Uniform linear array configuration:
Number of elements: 12
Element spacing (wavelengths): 0.75
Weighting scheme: cosine
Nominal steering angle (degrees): -60
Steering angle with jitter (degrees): -59.327
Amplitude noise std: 0.05
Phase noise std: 0.05

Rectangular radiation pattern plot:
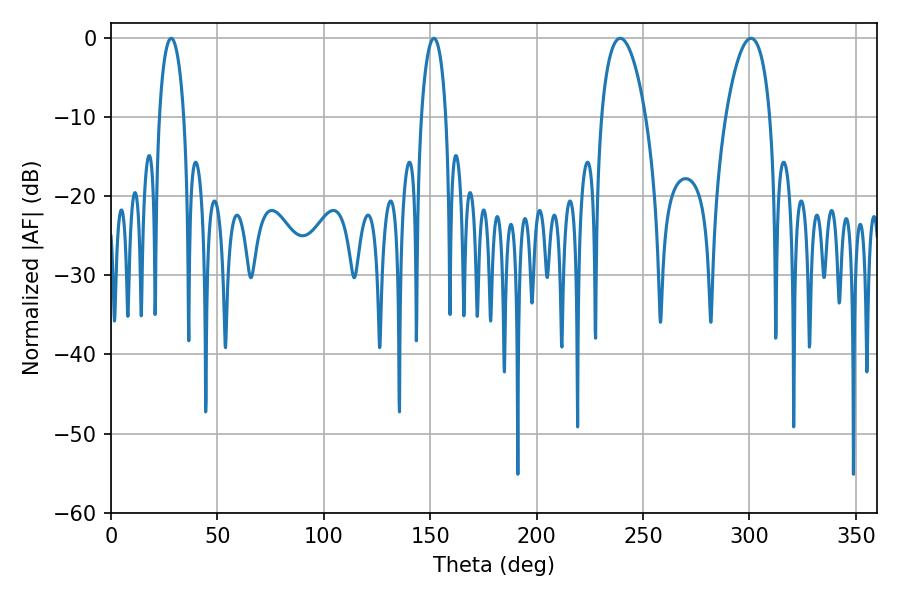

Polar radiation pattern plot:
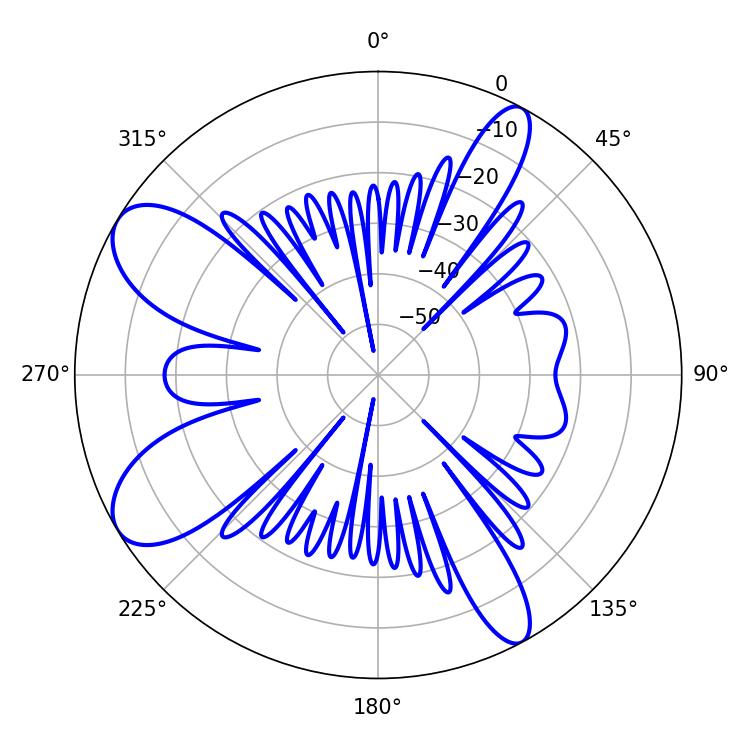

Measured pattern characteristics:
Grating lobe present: TRUE
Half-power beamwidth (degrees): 6.66
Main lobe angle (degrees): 28.26